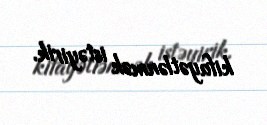
kifayətlənmək istəyirik.